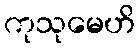
ကုသုမေဟိ